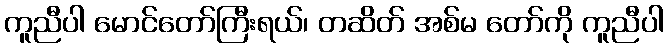
ကူညီပါ မောင်တော်ကြီးရယ်၊ တဆိတ် အစ်မ တော်ကို ကူညီပါ